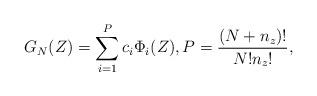
LaTeX: \begin{align*} G_N(Z)=\sum_{i=1}^P c_i \Phi_i(Z), P=\frac{(N+n_z)!}{N!n_z!}, \end{align*}